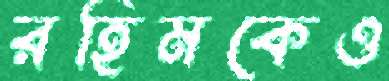
রহিমকেও